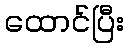
ထောင်ပြီး